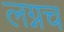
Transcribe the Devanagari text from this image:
लग्नच